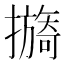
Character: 𢷔